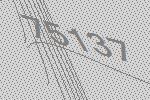
75137